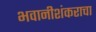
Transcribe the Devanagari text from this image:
भवानीशंकराचा